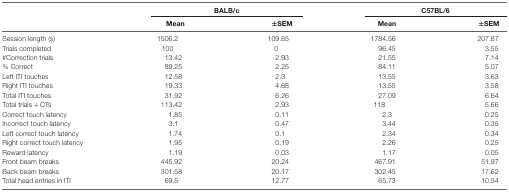
<table><thead><tr><td></td><td colspan="2"><b>BALB/c</b></td><td colspan="2"><b>C57BL/6</b></td></tr><tr><td></td><td><b>Mean</b></td><td><b>±SEM</b></td><td><b>Mean</b></td><td><b>±SEM</b></td></tr></thead><tbody><tr><td>Session length (s)</td><td>1506.2</td><td>109.65</td><td>1784.56</td><td>207.87</td></tr><tr><td>Trials completed</td><td>100</td><td>0</td><td>96.45</td><td>3.55</td></tr><tr><td>#Correction trials</td><td>13.42</td><td>2.93</td><td>21.55</td><td>7.14</td></tr><tr><td>% Correct</td><td>89.25</td><td>2.25</td><td>84.11</td><td>5.07</td></tr><tr><td>Left ITI touches</td><td>12.58</td><td>2.3</td><td>13.55</td><td>3.63</td></tr><tr><td>Right ITI touches</td><td>19.33</td><td>4.68</td><td>13.55</td><td>3.58</td></tr><tr><td>Total ITI touches</td><td>31.92</td><td>6.26</td><td>27.09</td><td>6.64</td></tr><tr><td>Total trials + CTs</td><td>113.42</td><td>2.93</td><td>118</td><td>5.66</td></tr><tr><td>Correct touch latency</td><td>1.85</td><td>0.11</td><td>2.3</td><td>0.25</td></tr><tr><td>Incorrect touch latency</td><td>3.1</td><td>0.47</td><td>3.44</td><td>0.35</td></tr><tr><td>Left correct touch latency</td><td>1.74</td><td>0.1</td><td>2.34</td><td>0.34</td></tr><tr><td>Right correct touch latency</td><td>1.95</td><td>0.19</td><td>2.26</td><td>0.25</td></tr><tr><td>Reward latency</td><td>1.19</td><td>0.03</td><td>1.17</td><td>0.05</td></tr><tr><td>Front beam breaks</td><td>445.92</td><td>20.24</td><td>467.91</td><td>51.97</td></tr><tr><td>Back beam breaks</td><td>301.58</td><td>20.17</td><td>302.45</td><td>17.62</td></tr><tr><td>Total head entries in ITI</td><td>69.5</td><td>12.77</td><td>65.73</td><td>10.54</td></tr></tbody></table>